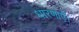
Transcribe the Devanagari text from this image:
धारणाएँ।